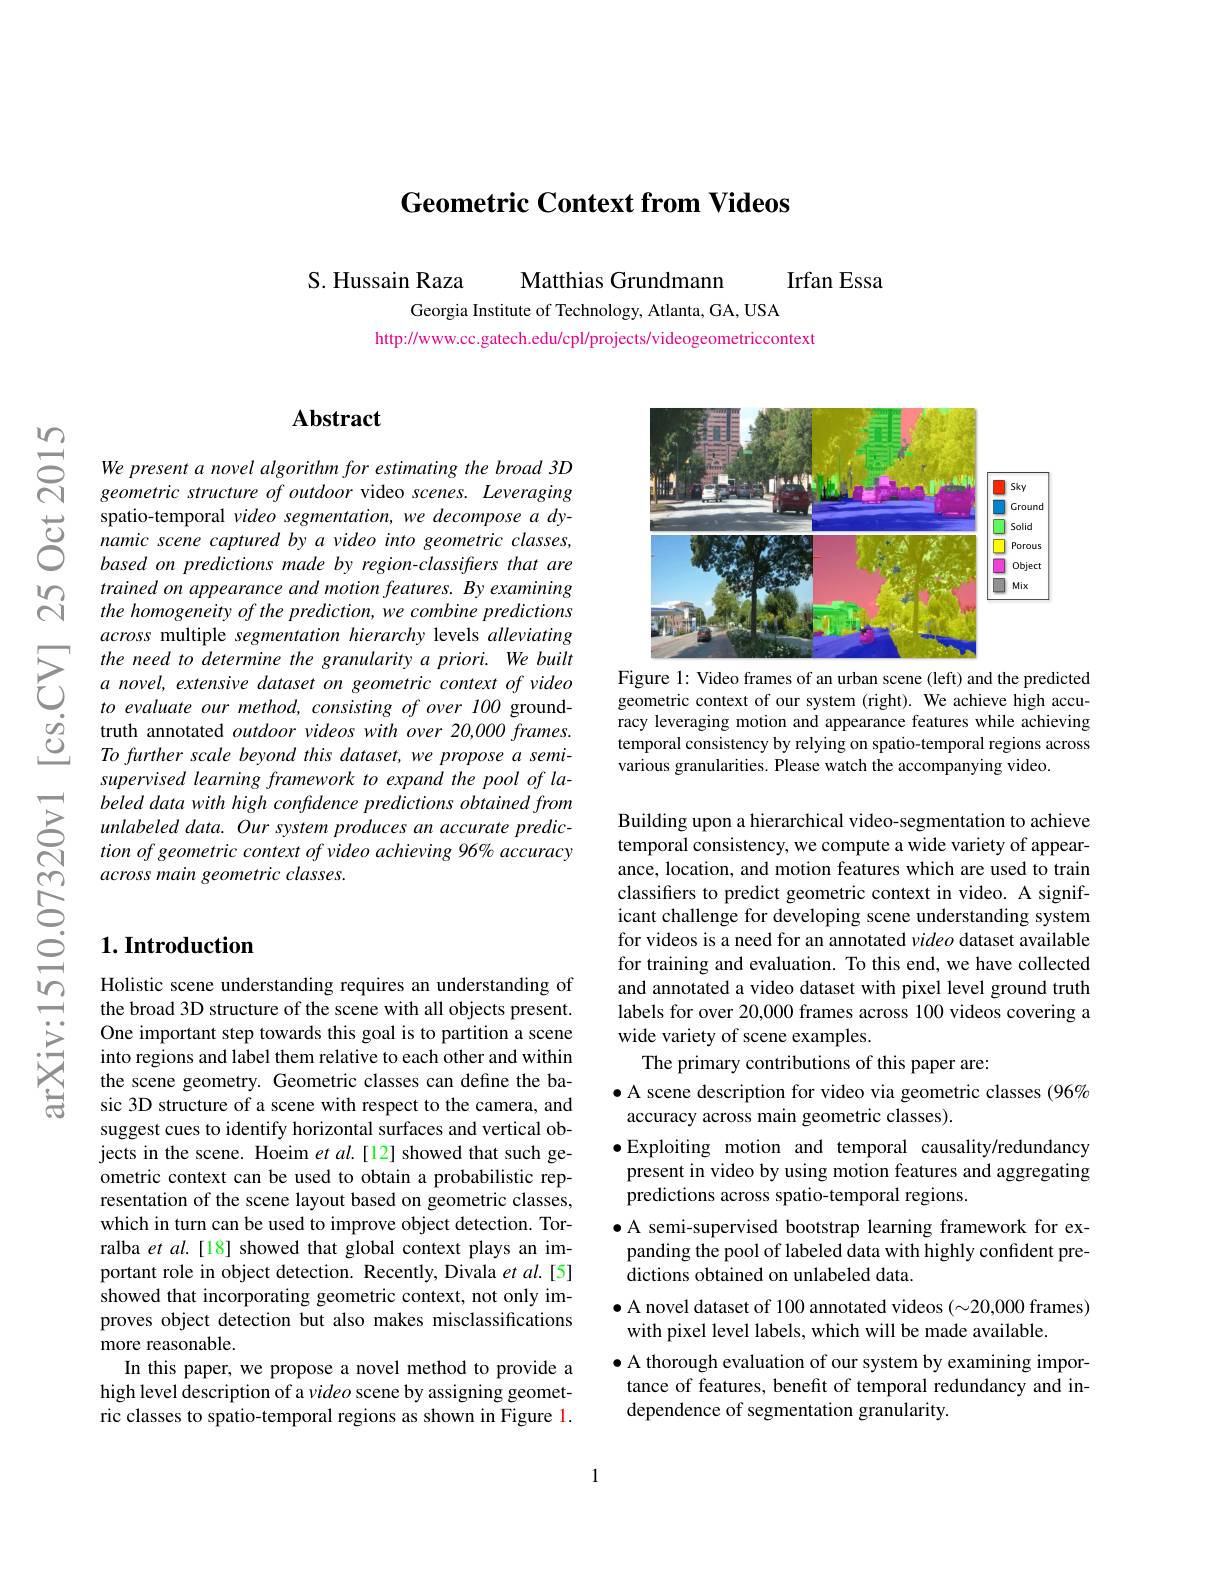
Geometric Context from Videos

Irfan Essa

S. Hussain Raza

Matthias Grundmann

Georgia Institute of Technology, Atlanta, GA, USA
http://www.cc.gatech.edu/cpl/projects/videogeometriccontext

$ਛਿੰ$

### $\mathbf{Abstract}$

We present a novel algorithm for estimating the broad 3D geometric structure of outdoor video scenes. Leveraging
$\begin{array}{ccc}\text{spatio-temporal video segmentation,we decompose a dy-}\\\text{ರ್ರ}&\text{namic scene captured by a video into geometric classes,}\\\text{based on predictions made by region-classiffers that are}\end{array}$
trained on appearance and motion features. By examining the homogeneity of the prediction, we combine predictions across multiple segmentation hierarchy levels alleviating the need to determine the granularity a priori. We built a novel, extensive dataset on geometric context of video to evaluate our method, consisting of over 100 groundtruth annotated outdoor videos with over 20,000 frames. To further scale beyond this dataset, we propose a semisupervised learning framework to expand the pool of labeled data with high confidence predictions obtained from unlabeled data. Our system produces an accurate prediction of geometric context of video achieving 96% accuracy across main geometric classes.

## $1. \textbf{Introduction}$

Holistic scene understanding requires an understanding of the broad 3D structure of the scene with all objects present. One important step towards this goal is to partition a scene into regions and label them relative to each other and within the scene geometry. Geometric classes can define the basic 3D structure of a scene with respect to the camera, and suggest cues to identify horizontal surfaces and vertical objects in the scene. Hoeim $etal.[12]$ showed that such geometric context can be used to obtain a probabilistic representation of the scene layout based on geometric classes, which in turn can be used to improve object detection. Torralba et al.[18] showed that global context plays an important role in object detection. Recently, Divala $et$ al.[5] showed that incorporating geometric context, not only improves object detection but also makes misclassifications more reasonable.
In this paper, we propose a novel method to provide a high level description of a video scene by assigning geometric classes to spatio-temporal regions as shown in Figure 1.

<FigureHere>

Figure 1: Video frames of an urban scene (left) and the predicted geometric context of our system (right). We achieve high accuracy leveraging motion and appearance features while achieving temporal consistency by relying on spatio-temporal regions across various granularities. Please watch the accompanying video.

Building upon a hierarchical video-segmentation to achieve temporal consistency, we compute a wide variety of appearance, location, and motion features which are used to train classifiers to predict geometric context in video. A significant challenge for developing scene understanding system for videos is a need for an annotated video dataset available for training and evaluation. To this end, we have collected and annotated a video dataset with pixel level ground truth labels for over 20,000 frames across 100 videos covering a wide variety of scene examples.
The primary contributions of this paper are:
$\bullet$ A scene description for video via geometric classes (96%
accuracy across main geometric classes).
$\bullet$Exploiting motion and temporal causality/redundancy present in video by using motion features and aggregating predictions across spatio-temporal regions.
$\bullet$ A semi-supervised bootstrap learning framework for expanding the pool of labeled data with highly confident predictions obtained on unlabeled data.
$\bullet$ A novel dataset of 100 annotated videos (~20,000~frames)
with pixel level labels, which will be made available.
$\bullet$ A thorough evaluation of our system by examining importance of features, benefit of temporal redundancy and independence of segmentation granularity.

1